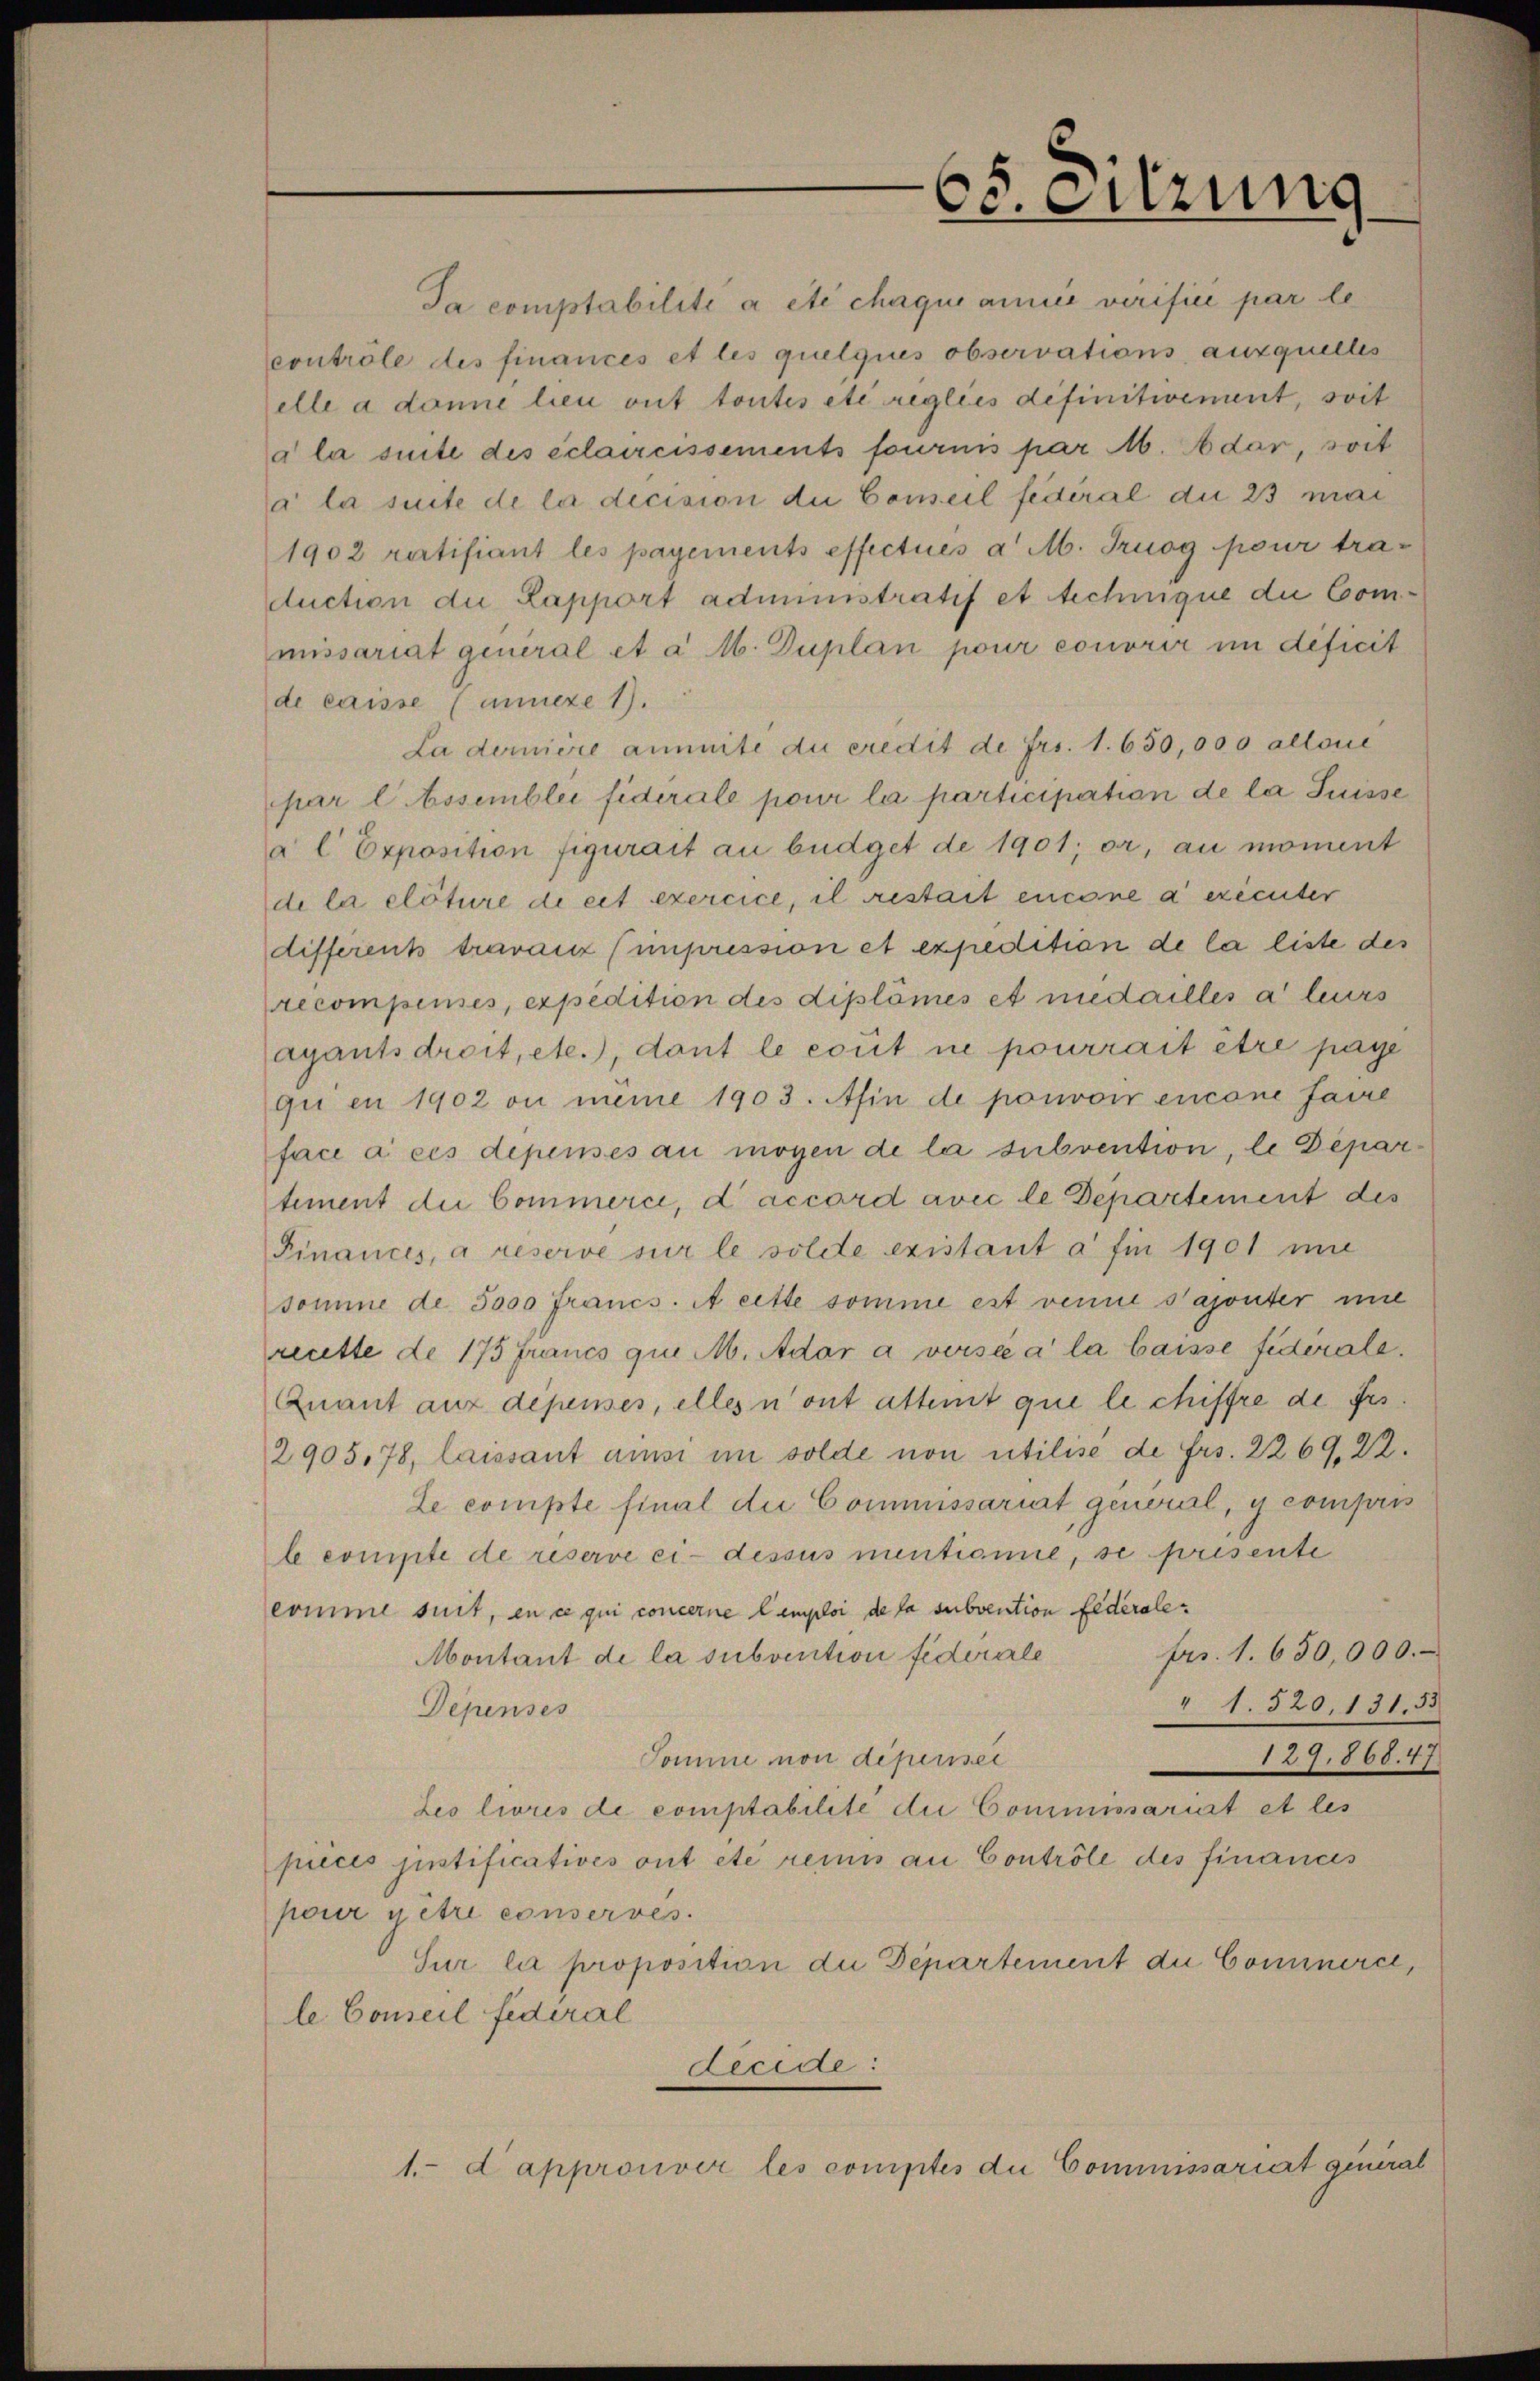
65. Sitzung

Ja comptabilité a été chaque annie verifici par le
contrôle des finances et les quelques observations auxquelles
elle a donne lieu ont toutes etc reglics definitivement, soit
a la suite des eclaircissements fournis par M. Adar, soit
a la suite de la decision die Conseil fédéral du 23 mal
1902 ratifiant les payements effectués a M. Truog pour traduction die Lapport administratif et technique die Commissariat general et a M. Duplan pour conorir im deficit
de caisse (Annexe 1).
La dernière aimite du credit de Frs. 1. 650,000 allone
par l. bssemblei fiderale pour la participation de la Suisse
a l Exposition figurait an büdget de 1901; or, au moment
de la clôture de eit exercice, il restait encone a exécuter
different travauz (impression et expedition de la liste des
recompenses, expedition des diplömés et medailles à leurs
agants droit, etc.), dant le cout ne pourrait être paye
qui en 1902 ou meine 1903. Afin de pouvoir encone faire
face à ces depensés au mögen de la subvention, le Departiment die Commerce, d accord avec le Departement des
Finances, à réserve sur le solle existant à fin 1901 mi
somme de 5000 francs. A cette somme est venne s’ajouter nie
recette de 175 Francs qui M. Ador a versée à la laisse fidérale.
Quant aux depenses, elles n’ont attent que le chiffre de frs.
2905,78, laissant ansi im solde non utilisé de frs. 2269, 22.
Le compte final die Commissariat general, y compris
le compte de reserve ci-dessus mentionie, se presente
comme suit, en ce qui concerne Cemploi de la subvention Federale¬
Montant de la subvention fidérale frs. 1. 630,000.
" 1. 520,131,53
Depenses
Somme non depriser
129. 868. 47
Les livres de comptabilite die Commissariat et les
pièces justificatives ont etc reinis an Contrôle des finances
pour getre conserves.
Sur la proposition die Departement die Cominerce,
le Conseil fédéral
decede:
1.- d approuver les comptes die Commissariat general